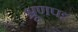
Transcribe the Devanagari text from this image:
भ्रूणपट्ट